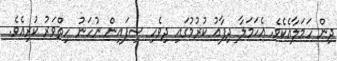
ދިން ހަމަލާއެކެވެ. އެހަމަލާ ދިފާއު ކުރުމުގައި ދިވެހި ސިފައިން ނުހަނު ހިތްވަރު ކުރިއެވެ.